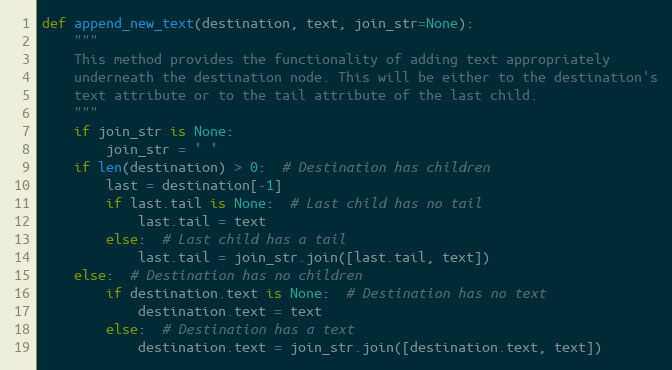
Language: Python
def append_new_text(destination, text, join_str=None):
    """
    This method provides the functionality of adding text appropriately
    underneath the destination node. This will be either to the destination's
    text attribute or to the tail attribute of the last child.
    """
    if join_str is None:
        join_str = ' '
    if len(destination) > 0:  # Destination has children
        last = destination[-1]
        if last.tail is None:  # Last child has no tail
            last.tail = text
        else:  # Last child has a tail
            last.tail = join_str.join([last.tail, text])
    else:  # Destination has no children
        if destination.text is None:  # Destination has no text
            destination.text = text
        else:  # Destination has a text
            destination.text = join_str.join([destination.text, text])